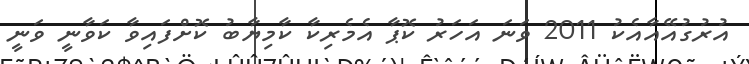
އުރުގުއޭއާއެކު 2011 ވަނަ އަހަރު ކޮޕާ އެމެރިކާ ކާމިޔާބު ކޮށްފައިވާ ކަވާނީ ވަނީ